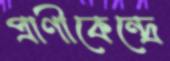
প্রাণীকেন্দ্রে